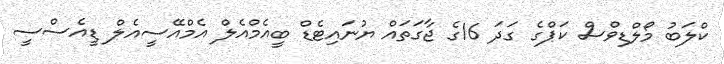
ކްލަބު މޯލްޑިވްސް ކަޕްގެ ގަދަ 16ގެ ޖާގަތައް ޔުނައިޓެޑް ބީއެމްއެލް އެމްއޭސީއެލް ޑީއެސްސީ